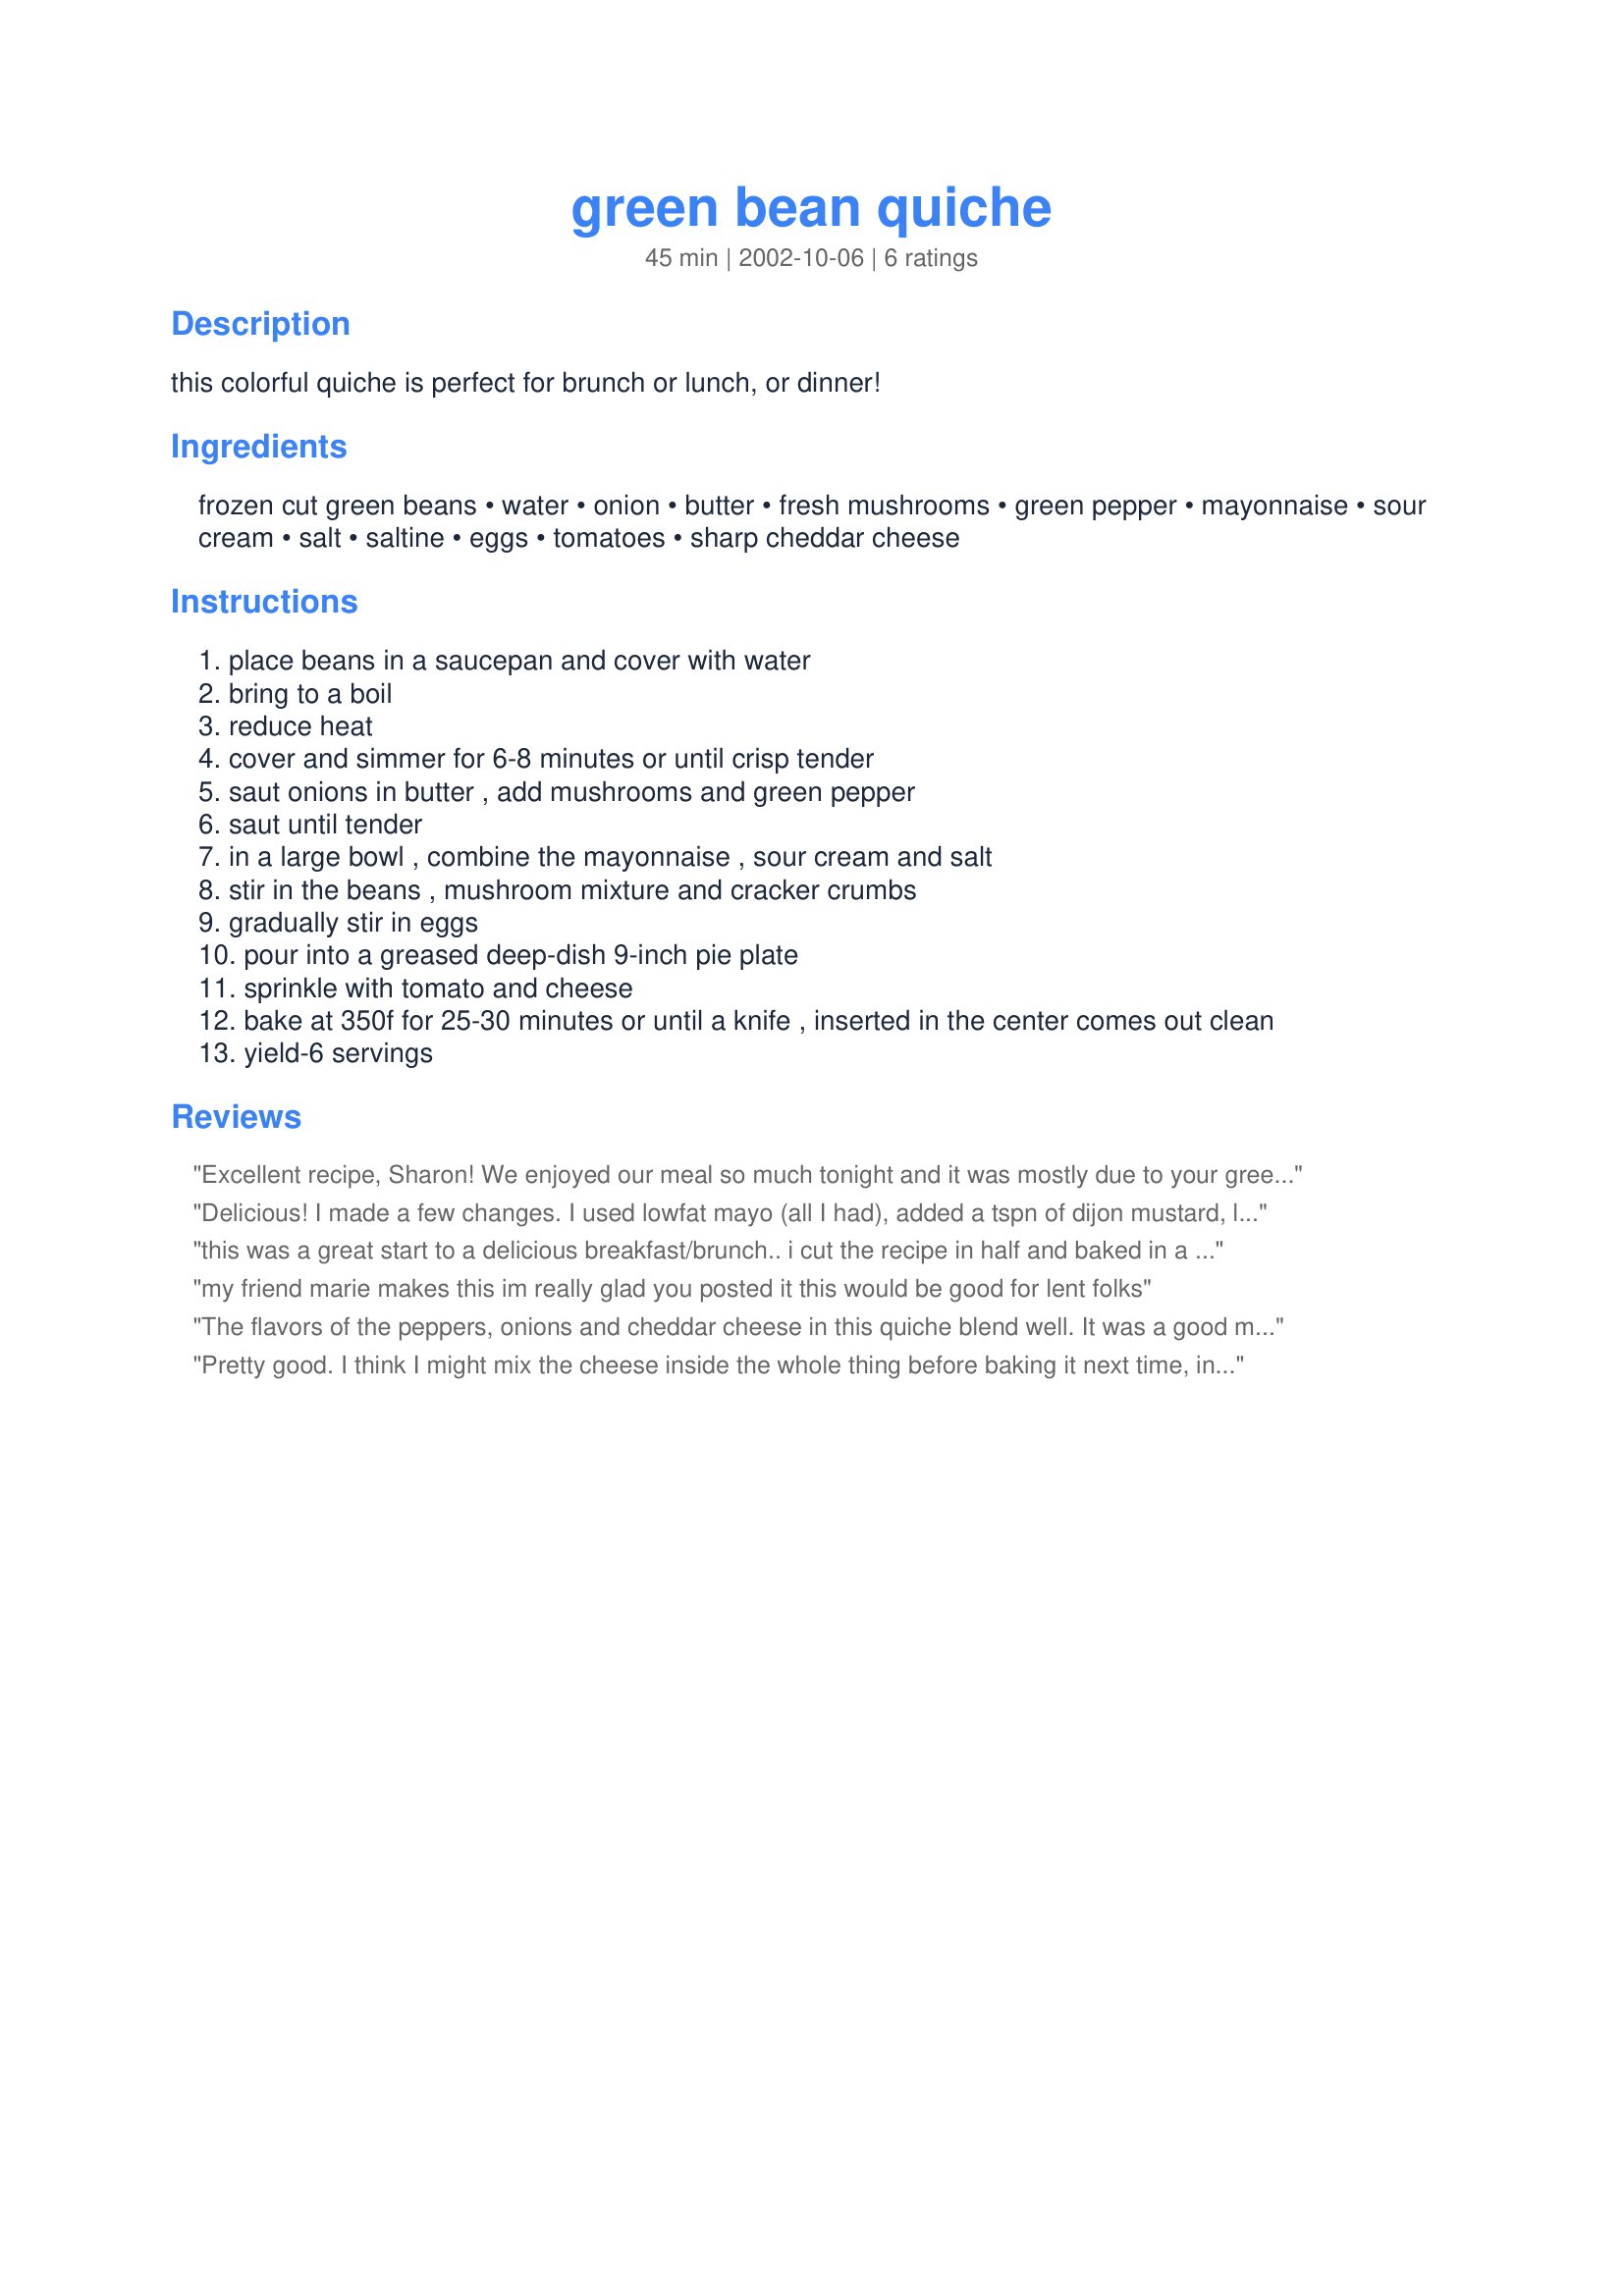
green bean quiche
Preparation time: 45 minutes

this colorful quiche is perfect for brunch or lunch, or dinner!

Ingredients:
frozen cut green beans, water, onion, butter, fresh mushrooms, green pepper, mayonnaise, sour cream, salt, saltine, eggs, tomatoes, sharp cheddar cheese

Steps:
place beans in a saucepan and cover with water
bring to a boil
reduce heat
cover and simmer for 6-8 minutes or until crisp tender
saut onions in butter , add mushrooms and green pepper
saut until tender
in a large bowl , combine the mayonnaise , sour cream and salt
stir in the beans , mushroom mixture and cracker crumbs
gradually stir in eggs
pour into a greased deep-dish 9-inch pie plate
sprinkle with tomato and cheese
bake at 350f for 25-30 minutes or until a knife , inserted in the center comes out clean
yield-6 servings

Reviews:
Excellent recipe, Sharon! We enjoyed our meal so much tonight and it was mostly due to your green bean quiche! Very easy to prepare and I made exactly as directed. I used fresh steamed green beans as you recommended, but didn't have quite enough saltines on hand so used a little breadcrumbs to make up the difference. I sliced the tomato on top and then sprinkled with the cheddar. This recipe is so good, I will definately consider using it for a holiday meal! Thank you for posting this, Sharon! No less than 5 stars for this excellent recipe!
Delicious! I made a few changes. I used lowfat mayo (all I had), added a tspn of dijon mustard, left out mushrooms, doubled the cracker crumbs (accidentally). I made 24 tiny quiches, which needed about 18 minutes in the oven. (Let them cool before trying to remove them from the pan.) I plan to make more for a party next week. This recipe is a keeper!
this was a great start to a delicious breakfast/brunch.. i cut the recipe in half and baked in a 1 qt glass dish.. i always use what i have on hand.. so i had to omit the green pepper and sour cream.. used parm for the cheddar.. left out the salt bc i figured the parm would add that extra saltiness as well as the saltine crackers.. used fresh steamed green beans.. i was worried about the amount but it was perfect in the quiche.. added some pepper, garlic powder and italian seasoning fearing it might be a little bland.. super tasty.. ty for the recipe
my friend marie makes this im really glad you posted it this would be good for lent folks
The flavors of the peppers, onions and cheddar cheese in this quiche blend well. It was a good meal, and I would recommend it once the problems with the recipe are corrected. I normally would have given it 4 stars, but there are some problems with the recipe itself. The ingredients list calls for onions and 2 tbls of butter, which are not mentioned in the instructions. I assumed the butter was used to saute the onion along with the green pepper and mushrooms, which I then added to the cooked beans. However, the mushrooms which are mentioned in the instructions are not listed with the ingredients. [Editor's Note: recipe was updated as a result of this review 10/27/02]
Pretty good. I think I might mix the cheese inside the whole thing before baking it next time, instead of it being on top.
